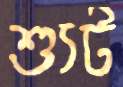
শ্যুট